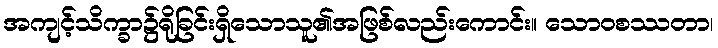
အကျင့်သိက္ခာ၌ရိုခြင်းရှိသောသူ၏အဖြစ်လည်းကောင်း။ သောဝစဿတာ၊